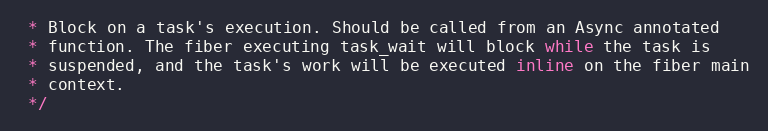
Language: C
 * Block on a task's execution. Should be called from an Async annotated
 * function. The fiber executing task_wait will block while the task is
 * suspended, and the task's work will be executed inline on the fiber main
 * context.
 */